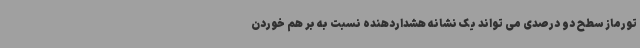
تورماز سطح دو درصدی می تواند یک نشانه هشداردهنده نسبت به بر هم خوردن